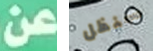
عن سنظل